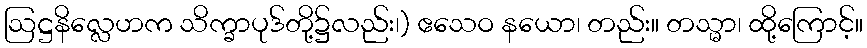
ဩဋ္ဌနိလ္လေဟက သိက္ခာပုဒ်တို့၌လည်း၊) ဧသေဝ နယော၊ တည်း။ တသ္မာ၊ ထို့ကြောင့်။